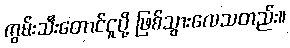
ကွမ်းသီးတောင်ငူပို့ ဖြစ်သွားလေသတည်း။